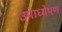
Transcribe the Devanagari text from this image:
उपाध्येपण